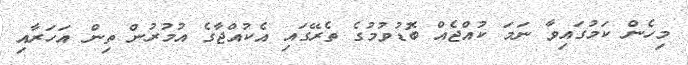
މިހެން ކަމުގައިވާ ނަމަ ކުއްޖެއް ބޮޑުވުމުގެ ތެރޭގައި އެކުއްޖާގެ އުމުރުން ތިން އަހަރާއި